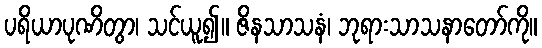
ပရိယာပုဏိတွာ၊ သင်ယူ၍။ ဇိနသာသနံ၊ ဘုရားသာသနာတော်ကို။